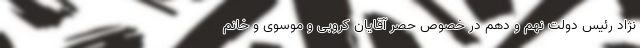
نژاد رئیس دولت نهم و دهم در خصوص حصر آقایان کروبی و موسوی و خانم